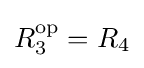
R_{3}^{\text{op}}=R_{4}